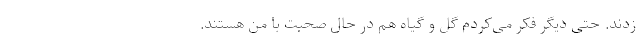
‌زدند. حتی دیگر فکر می‌کردم گل و گیاه هم در حال صحبت با من هستند.